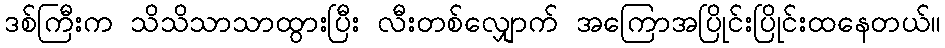
ဒစ်ကြီးက သိသိသာသာထွားပြီး လီးတစ်လျှောက် အကြောအပြိုင်းပြိုင်းထနေတယ်။